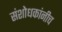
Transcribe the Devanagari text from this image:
संशोधकांनीच